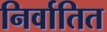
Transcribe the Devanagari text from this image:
निर्वातित